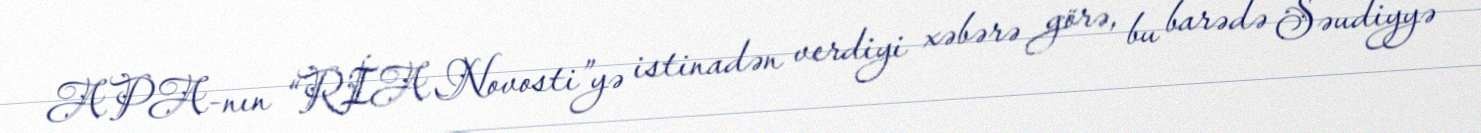
APA-nın “RİA Novosti”yə istinadən verdiyi xəbərə görə, bu barədə Səudiyyə